Civil Veterinary Dept. North-West Frontier Province 1901-22 - 1901-1922
Year: 1901
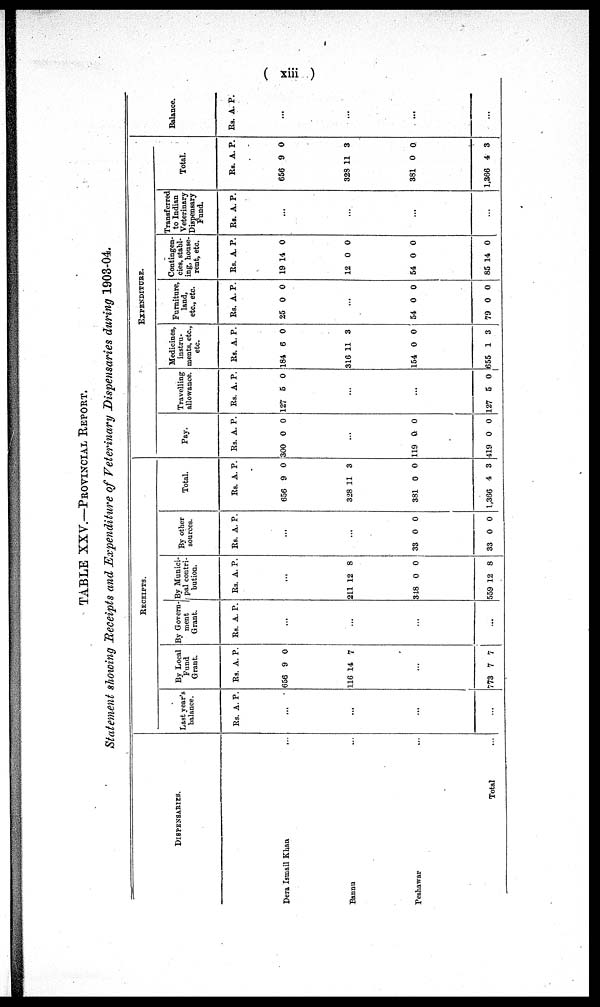
(xiii)
TABLE XXV.—PROVINCIAL REPORT.
Statement showing Receipts and Expenditure of Veterinary Dispensaries during 1903-04.
DISPENSARIES.
Dera Ismail Khan ...
Bannu ...
Peshawar ...
Total ...
RECEIPTS.
Last year's
balance.
Rs. A. P.
...
...
...
...
By Local
Fund
Graut.
Rs.
656
116
A.
9
14
P.
0
7
...
773 7 7
By Govern-
ment
Grant.
Rs. A. P.
...
...
...
...
By Munici-
pal conttri-
------.
Rs.
211
318
559
A.
...
12
0
12
P.
8
0
8
By other
sources.
Rs. A. P.
...
...
33
33
0
0
0
0
Total.
Rs.
656
328
381
1,366
A.
9
11
0
4
P.
0
3
0
3
EXPENDITURE.
Pay.
Rs.
300
A.
0
P.
0
...
119
419
0
0
0
0
Travelling
allowance.
Rs.
127
A.
5
P.
0
...
...
127 5 0
Medicines
instru-
ments,etc.,
etc.
Rs.
184
316
154
655
A.
6
11
0
1
P.
0
3
0
3
Furniture,
land,
etc.,etc.
Rs.
25
A.
0
P.
0
...
54
79
0
0
0
0
Contingent-
cies,stabl-
ing,house-
rent,etc.
Rs
19
12
54
85
. A.
14
0
0
14
P.
0
0
0
0
Transferred
to Indian
Veterinary
Dispensary
Fund.
RS. A. P.
...
...
...
Total.
Rs.
656
328
381
1,366
A.
9
11
0
4
P.
0
3
0
3
Balance.
Rs. A. P.
...
...
...
...